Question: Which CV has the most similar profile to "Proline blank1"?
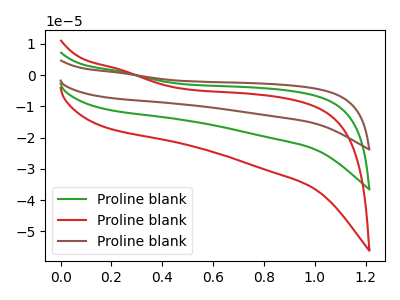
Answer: <think>The green curve "Proline blank1" has no peaks. The red curve "Proline blank2" has no peaks. The brown curve "Proline blank3" has no peaks.
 Neither "Proline blank1" or "Proline blank2" have any peaks. Neither "Proline blank1" or "Proline blank3" have any peaks. Neither "Proline blank2" or "Proline blank3" have any peaks.</think>
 <answer>"Proline blank1" and "Proline blank3" have a similar shape to "Proline blank2".</answer>
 <eval>"Proline blank1" "Proline blank3"</eval>